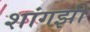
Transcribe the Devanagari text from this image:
शांगझी